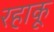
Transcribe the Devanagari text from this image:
रहाकू